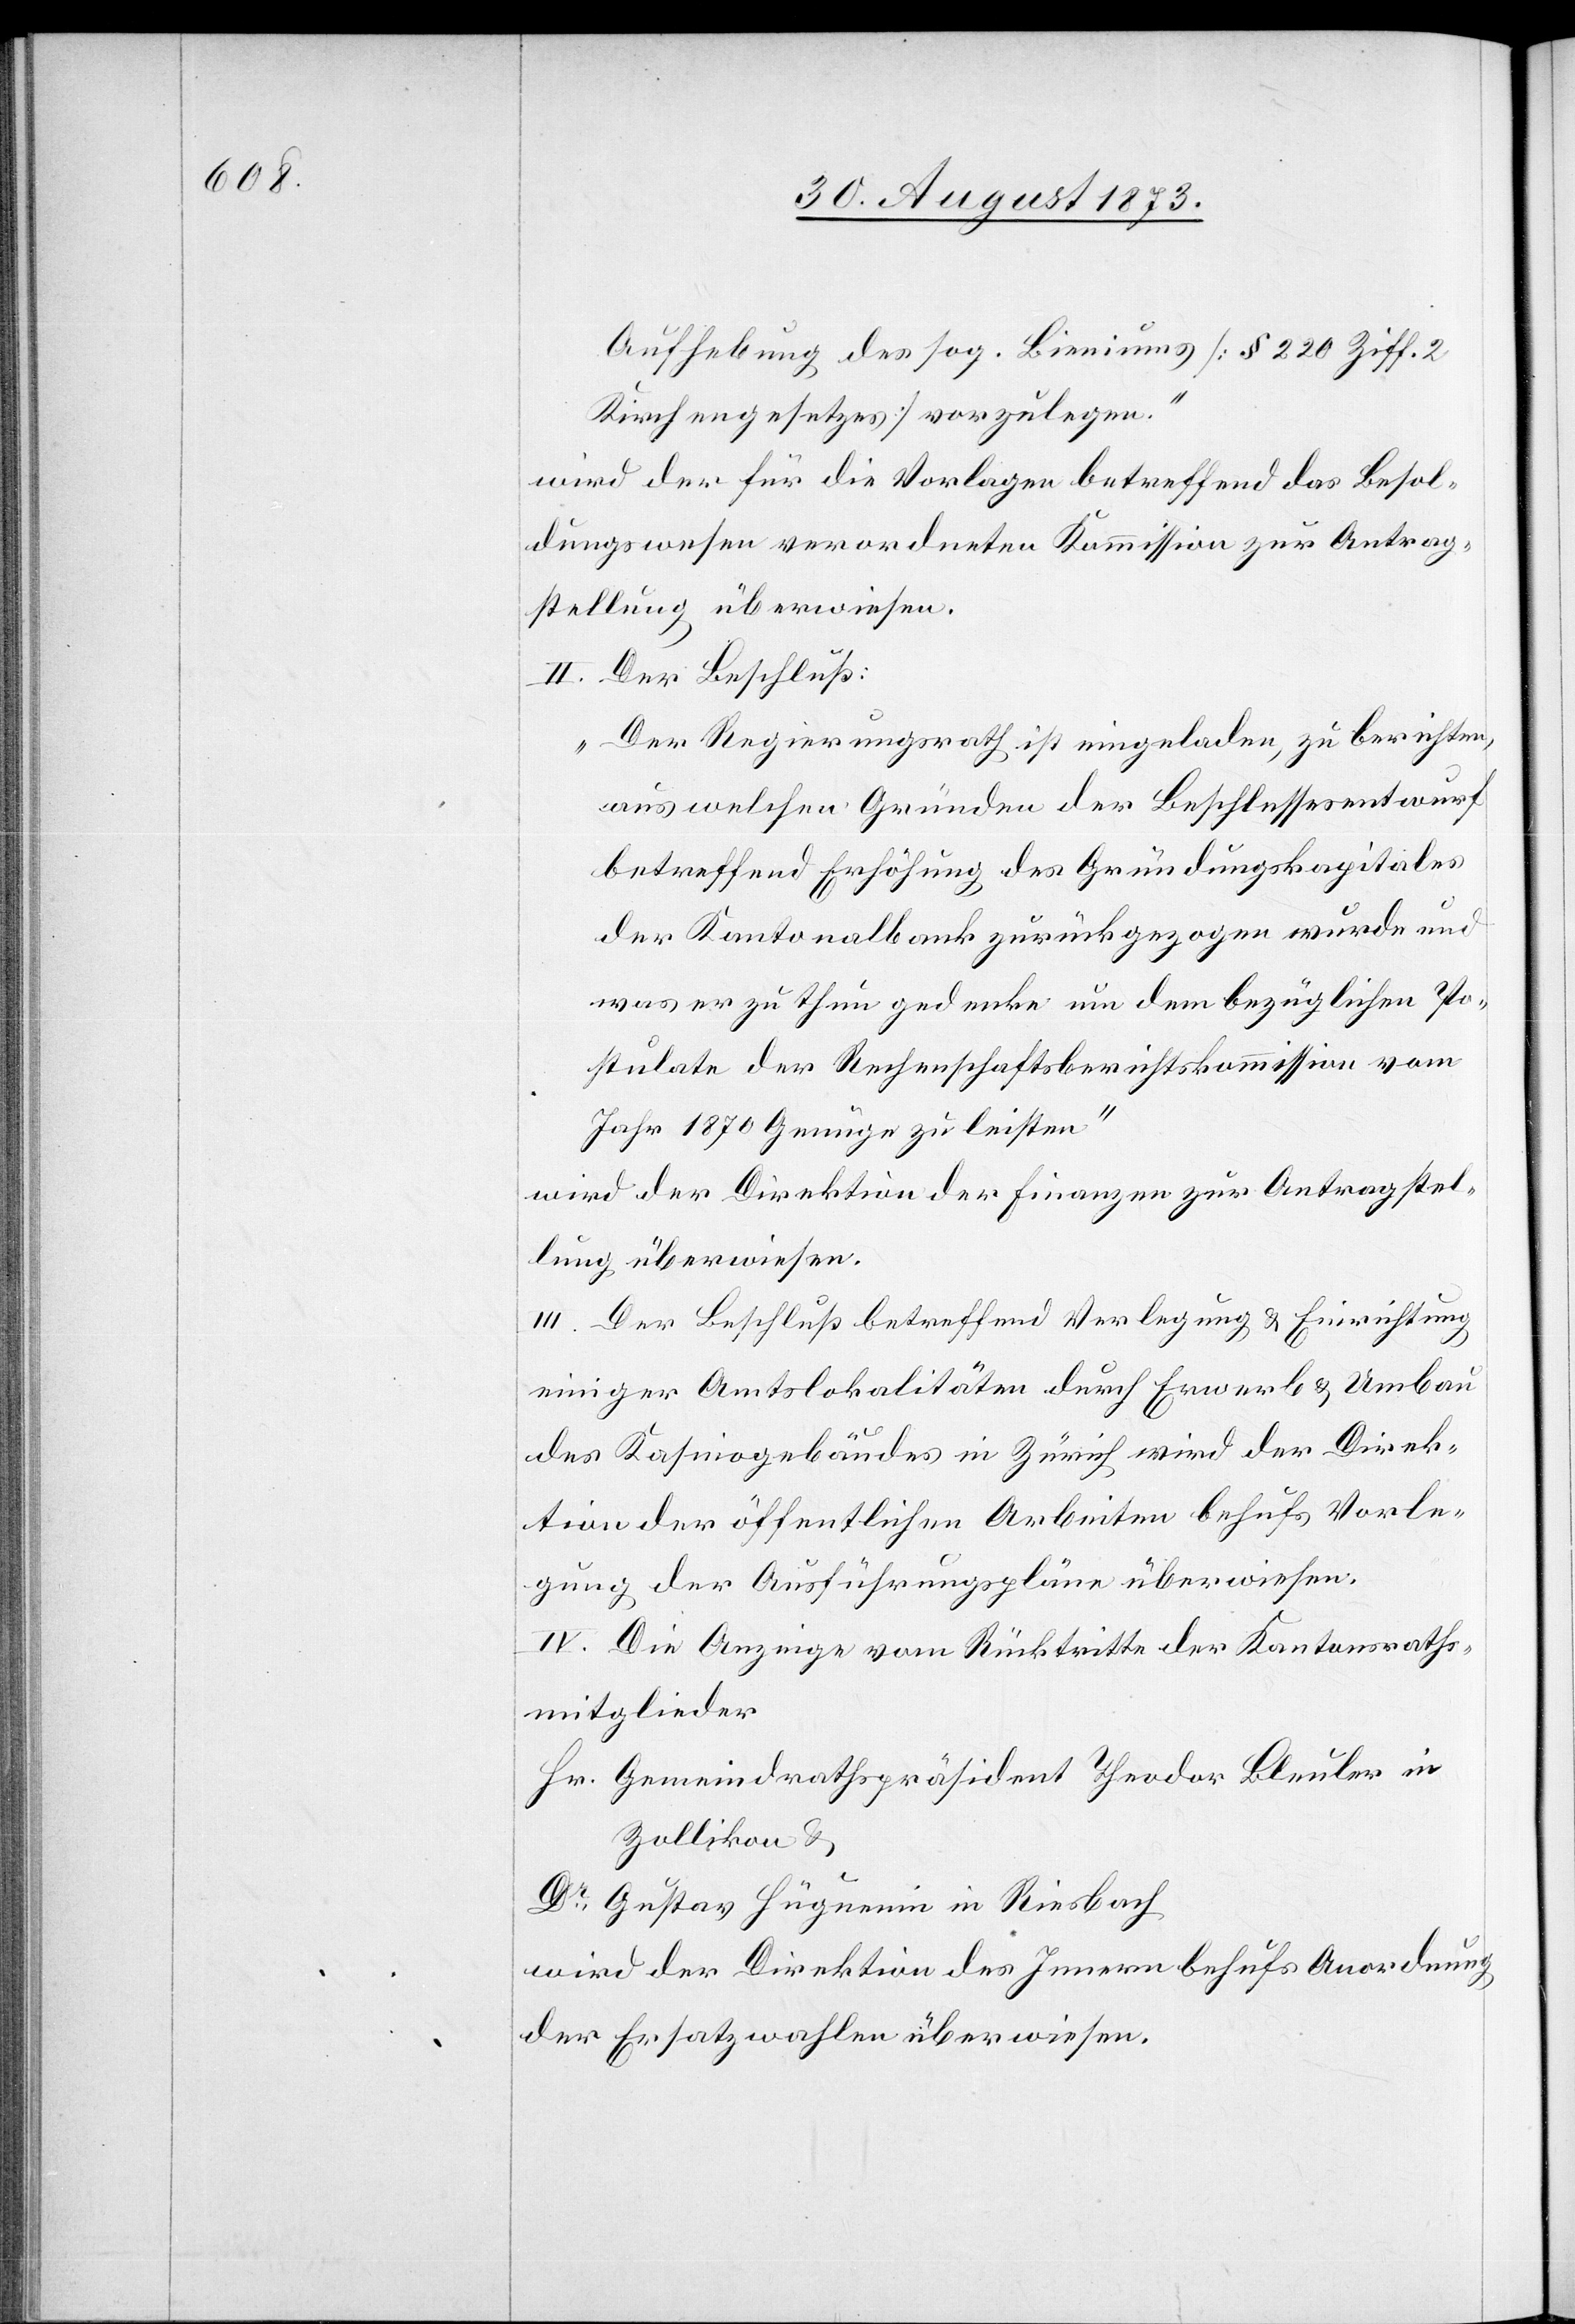
Aufhebung des sog. Bieniums [§ 220 Ziff. 2
Kirchengesetzes] vorzulegen.“
wird der für die Vorlagen betreffend das Besol¬
dungswesen verordneten Kommission zur Antrag¬
stellung überwiesen.
II. Der Beschluß:
„Der Regierungsrath ist eingeladen, zu berichten,
aus welchen Gründen der Beschlussesentwurf
betreffend Erhöhung des Gründungskapitales
der Kantonalbank zurückgezogen wurde und
was er zu thun gedenke um dem bezüglichen Po¬
stulate der Rechenschaftsberichtskommission vom
Jahr 1870 Genüge zu leisten“
wird der Direktion der Finanzen zur Antragstel¬
lung überwiesen.
III. Der Beschluß betreffend Verlegung & Einrichtung
einiger Amtslokalitäten durch Erwerb & Umbau
des Kasinogebäudes in Zürich wird der Direk¬
tion der öffentlichen Arbeiten behufs Vorle¬
gung der Ausführungspläne überwiesen.
IV. Die Anzeige vom Rücktritte der Kantonsraths¬
mitglieder
Hr. Gemeindrathspräsident Theodor Bleuler in
Zollikon &
Dr Gustav Hüguenin in Riesbach
wird der Direktion des Innern behufs Anordnung
der Ersatzwahlen überwiesen.